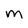
Character: M